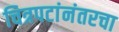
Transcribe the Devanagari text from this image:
चित्रपटांनंतरचा